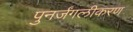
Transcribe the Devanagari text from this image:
पुनर्जंगलीकरण